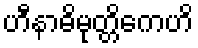
ဟီနာဓိမုတ္တိကေဟိ